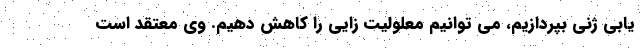
یابی ژنی بپردازیم، می توانیم معلولیت زایی را کاهش دهیم. وی معتقد است